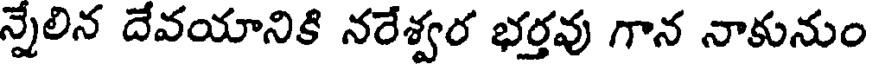
న్నేలిన దేవయానికి నరేశ్వర భర్తవు గాన నాకునుం